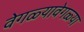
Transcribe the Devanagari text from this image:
वेगळ्यावेगळ्या